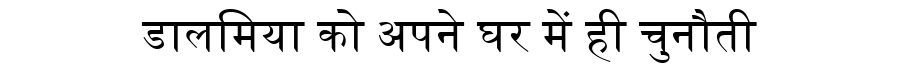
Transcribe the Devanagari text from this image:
डालमिया को अपने घर में ही चुनौती